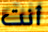
أنت